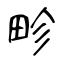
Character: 畛